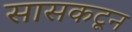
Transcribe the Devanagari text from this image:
सासकटून